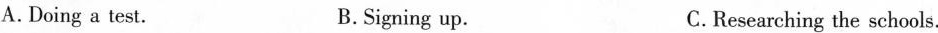
A.Doing a test. B.Signing up. C.Researching the schools.